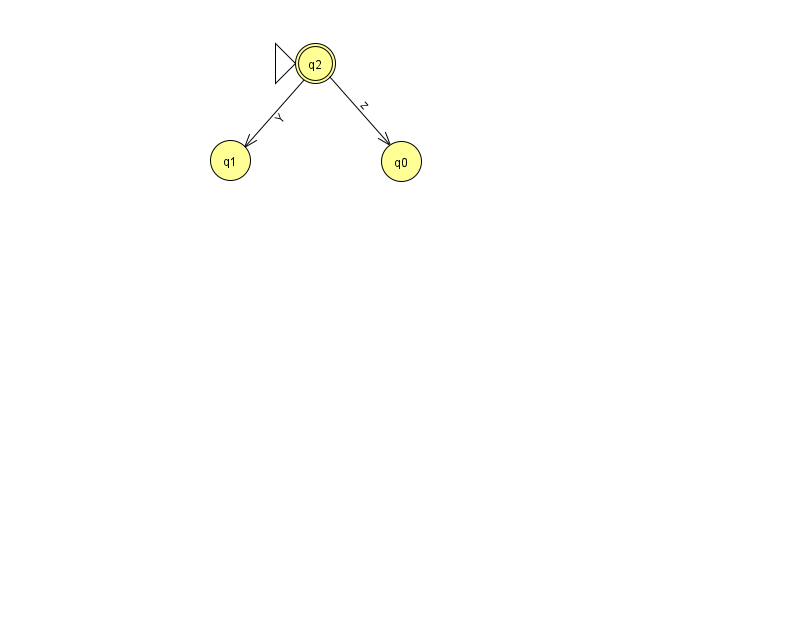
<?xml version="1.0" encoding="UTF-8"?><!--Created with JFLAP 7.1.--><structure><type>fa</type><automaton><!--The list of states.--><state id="0" name="q0"><x>401.0</x><y>148.0</y></state><state id="1" name="q1"><x>230.0</x><y>147.0</y></state><state id="2" name="q2"><x>315.0</x><y>50.0</y><initial/><final/></state><!--The list of transitions.--><transition><from>2</from><to>1</to><read>Y</read></transition><transition><from>2</from><to>0</to><read>z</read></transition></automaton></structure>